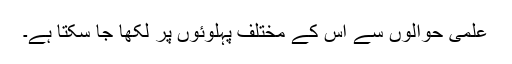
علمی حوالوں سے اس کے مختلف پہلوئوں پر لکھا جا سکتا ہے۔